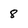
Character: 8